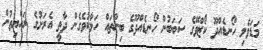
މަޑަވެލި ހޯނޑެއްދޫ ކޯޒްވޭގެ ސަބަބުން ހޯނޑެއްދޫގެ ބިންތައް ހަލާކުވެގެން ދާތީ އެރަށުގެ ރައްޔިތުން